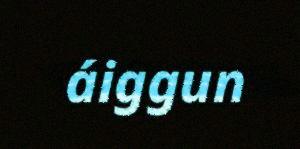
áiggun